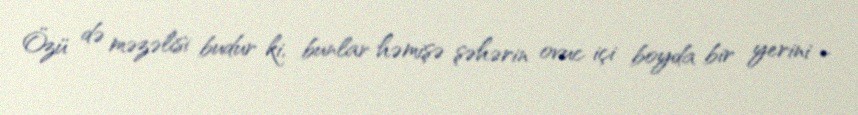
Özü də məzəlisi budur ki, bunlar həmişə şəhərin ovuc içi boyda bir yerini -